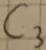
Text: C3